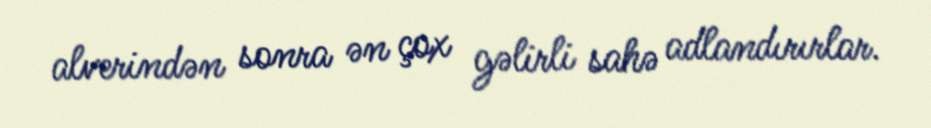
alverindən sonra ən çox gəlirli sahə adlandırırlar.